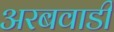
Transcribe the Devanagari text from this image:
अरबवाडी